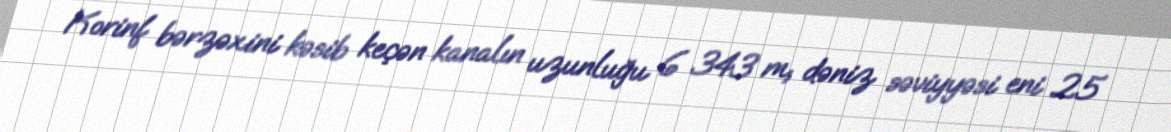
Korinf bərzəxini kəsib keçən kanalın uzunluğu 6 343 m, dəniz səviyyəsi eni 25